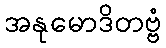
အနုမောဒိတဗ္ဗံ